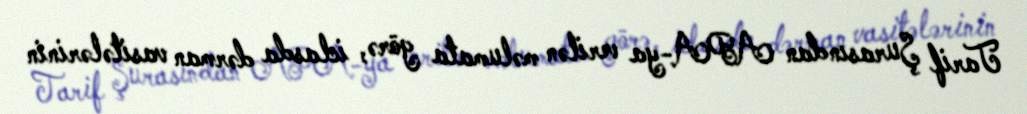
Tarif Şurasından APA-ya verilən məlumata görə, iclasda dərman vasitələrinin